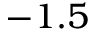
- 1 . 5